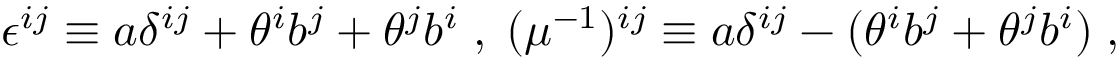
\epsilon ^ { i j } \equiv a \delta ^ { i j } + \theta ^ { i } b ^ { j } + \theta ^ { j } b ^ { i } \; , \; ( \mu ^ { - 1 } ) ^ { i j } \equiv a \delta ^ { i j } - ( \theta ^ { i } b ^ { j } + \theta ^ { j } b ^ { i } ) \; ,